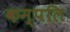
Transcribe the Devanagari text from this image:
कम्पलि